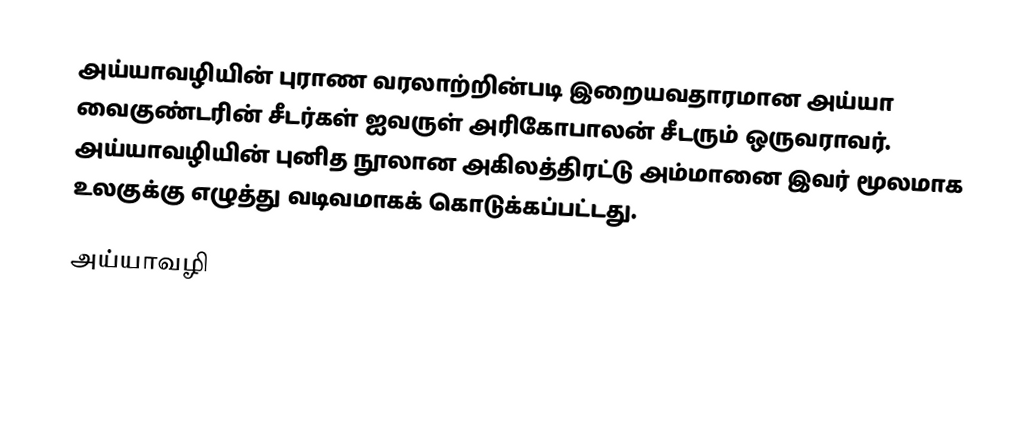
அய்யாவழியின் புராண வரலாற்றின்படி இறையவதாரமான அய்யா வைகுண்டரின் சீடர்கள் ஐவருள் அரிகோபாலன் சீடரும் ஒருவராவர். அய்யாவழியின் புனித நூலான அகிலத்திரட்டு அம்மானை இவர் மூலமாக உலகுக்கு எழுத்து வடிவமாகக் கொடுக்கப்பட்டது.

அய்யாவழி